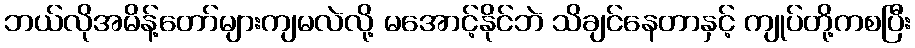
ဘယ်လိုအမိန့်တော်များကျမလဲလို့ မအောင့်နိုင်ဘဲ သိချင်နေတာနှင့် ကျုပ်တို့ကစပြီး